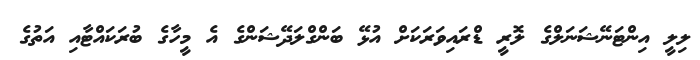
ލިލީ އިންޓަނޭޝަނަލްގެ ލޮރީ ޑްރައިވަރަކަށް އުޅޭ ބަންގްލަދޭޝަންގެ އެ މީހާގެ ބުރަކައްޓާއި އަތުގެ